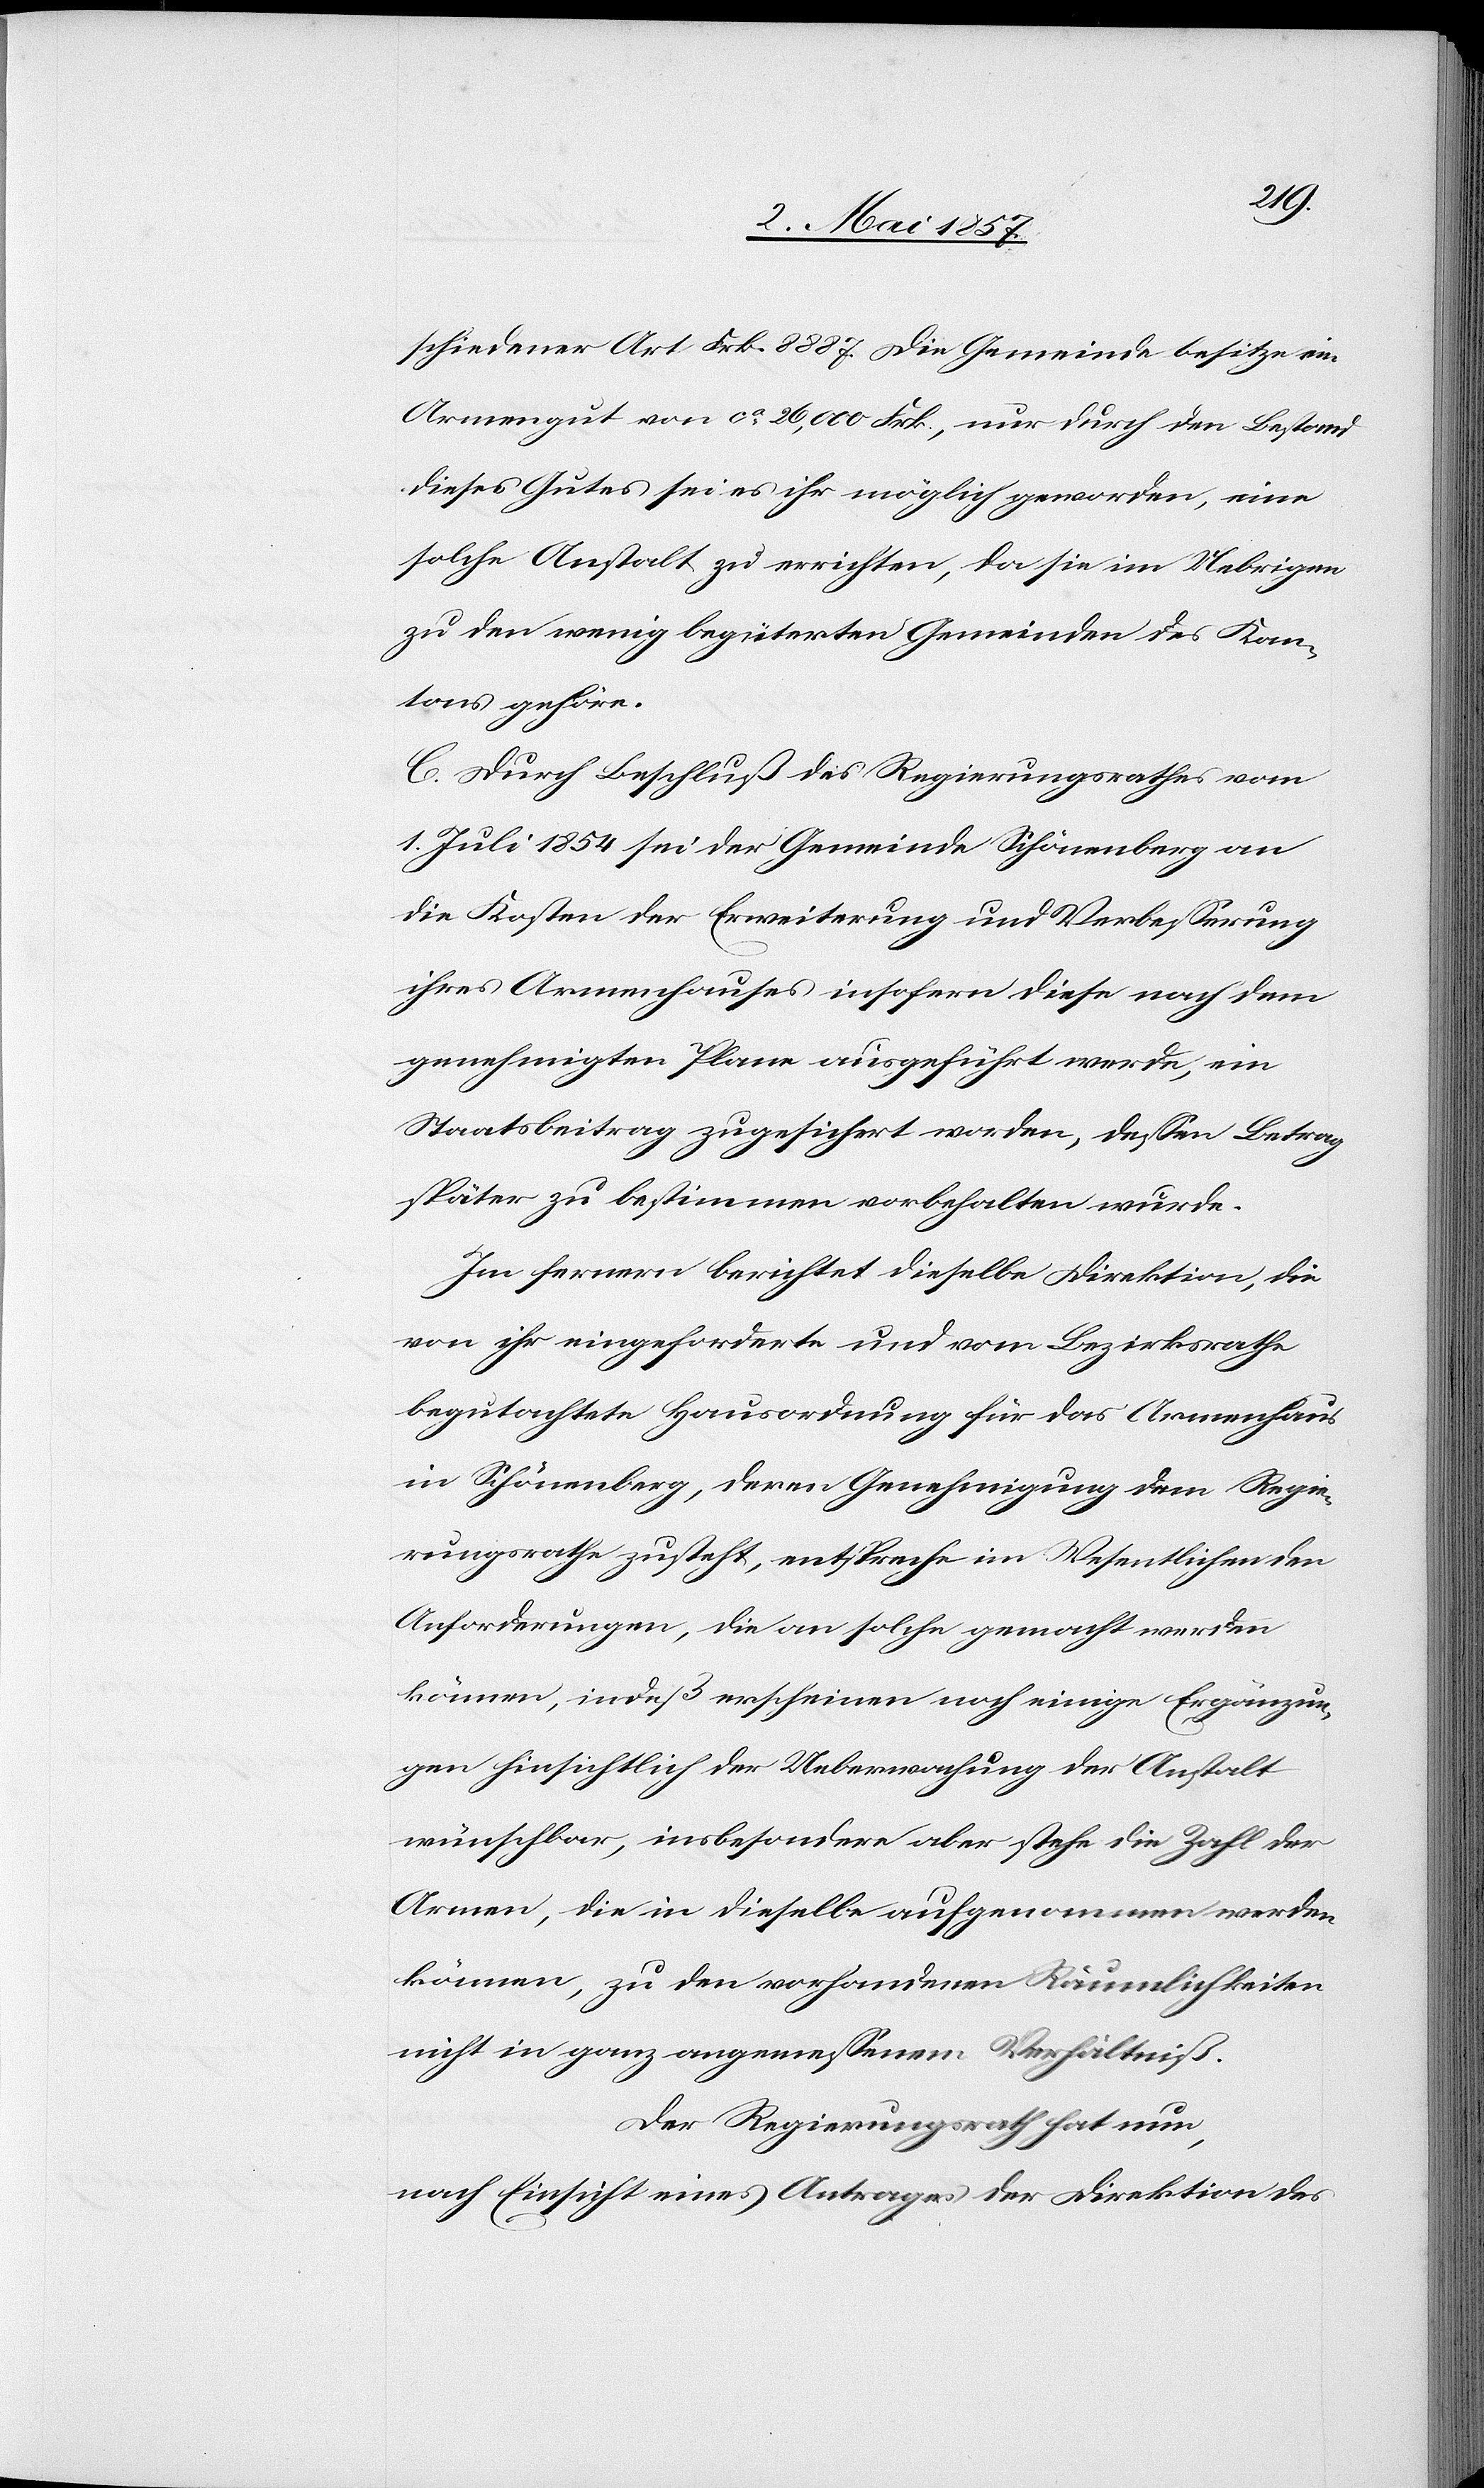
schiedener Art Frk. 8887. Die Gemeinde besitze ein
Armengut von ca 26,000 Frk. nur durch den Bestand
dieses Gutes sei es ihr möglich geworden, eine
solche Anstalt zu errichten, da sie im Uebrigen
zu den wenig begüterten Gemeinden des Kan¬
tons gehöre.
c. Durch Beschluß des Regierungsrathes vom
1 Juli 1854 sei der Gemeinde Schönenberg an
die Kosten der Erweiterung und Verbesserung
ihres Armenhauses insofern diese nach dem
genehmigten Plane ausgeführt werde, ein
Staatsbeitrag zugesichert worden, deßen Betrag
später zu bestimmen vorbehalten wurde.
Im fernern berichtet dieselbe Direktion, die
von ihr eingeforderte und vom Bezirksrathe
begutachtete Hausordnung für das Armenhaus
in Schönenberg, deren Genehmigung dem Regie¬
rungsrathe zusteht, entspreche im Wesentlichen den
Anforderungen, die an solche gemacht werden
können, indeß erscheinen noch einige Ergänzun¬
gen hinsichtlich der Ueberwachung der Anstalt
wünschbar, insbesondere aber stehe die Zahl der
Armen, die in dieselbe aufgenommen werden
können, zu den vorhandenen Räumlichkeiten
nicht in ganz angemeßenem Verhältniß.
Der Regierungsrath hat nun,
nach Einsicht eines Antrages der Direktion des